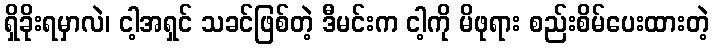
ရှိခိုးရမှာလဲ၊ ငါ့အရှင် သခင်ဖြစ်တဲ့ ဒီမင်းက ငါ့ကို မိဖုရား စည်းစိမ်ပေးထားတဲ့